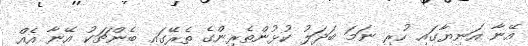
އޭނާ އަނިޔާގައި ހުރި ނަމަ ބަދަލު ކުޅުންތެރިންގެ ތެރޭގައި ބެންޗަކު އޭނާ އެއް